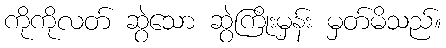
ကိုကိုလတ် ဆွဲသော ဆွဲကြိုးမှန်း မှတ်မိသည်။